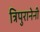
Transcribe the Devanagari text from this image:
त्रिपुरानेनी